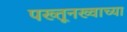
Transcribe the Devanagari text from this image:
पख्तूनख्वाच्या